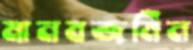
মানবজমিন